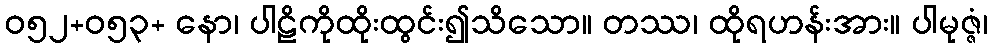
ဝ၅၂+၀၅၃+ နော၊ ပါဠိကိုထိုးထွင်း၍သိသော။ တဿ၊ ထိုရဟန်းအား။ ပါမုဇ္ဇံ၊